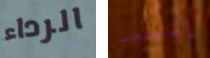
الرداء إليسا